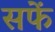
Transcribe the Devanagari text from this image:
सफें